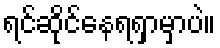
ရင်ဆိုင်နေရရှာမှာပဲ။